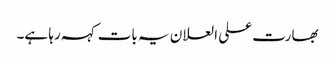
بھارت علی العلان یہ بات کہہ رہا ہے۔